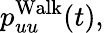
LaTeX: p_{uu}^{\operatorname{Walk}}(t),